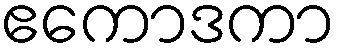
ဧကောဒကာ